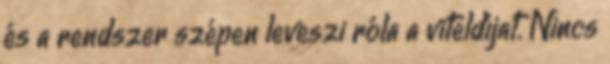
és a rendszer szépen leveszi róla a viteldíjat. Nincs